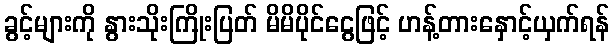
ခွင့်များကို နွားသိုးကြိုးပြတ် မိမိပိုင်ငွေဖြင့် ဟန့်တားနှောင့်ယှက်ရန်